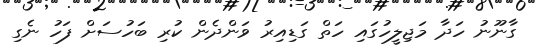
ގާނޫނު ހަދާ މަޖިލީހުގައި ހަތް ގަޑިިއިރު ވަންދެން ކުރި ބަހުސަށް ފަހު ނެގި